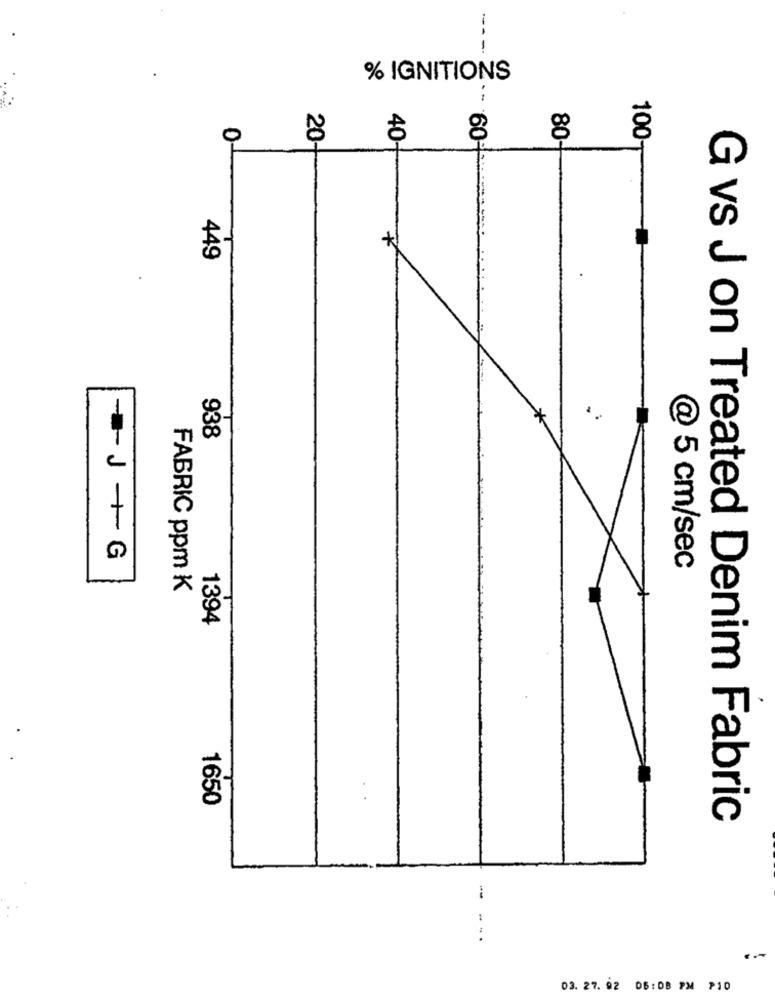
-
% IGNITIONS
0
40
80-
100-
20-
60-
449
938
-J +G
@ 5 cm/sec
FABRIC ppm K
1394
1650
G vs J on Treated Denim Fabric
-
...
03. 27. 92 DB: DB PM P10